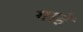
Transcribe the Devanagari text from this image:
गाहें